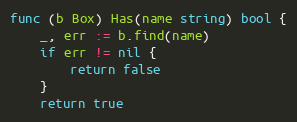
Language: Go
func (b Box) Has(name string) bool {
	_, err := b.find(name)
	if err != nil {
		return false
	}
	return true